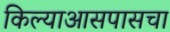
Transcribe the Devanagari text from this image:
किल्याआसपासचा